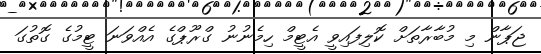
ޖަޕާން މި މުބާރާތަށް ކޮލިފައިވީ އެޓީމް ހިމެނުނު ގްރޫޕްގެ އެއްވަނަ ޓީމުގެ ގޮތުގަ